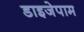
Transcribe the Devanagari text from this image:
डाइजेपाम